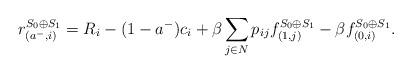
LaTeX: \begin{align*}r^{S_0 \oplus S_1}_{(a^-, i)} = R_i - (1-a^-) c_i + \beta \sum_{j \in N} p_{ij} f^{S_0 \oplus S_1}_{(1, j)} -\beta f^{S_0 \oplus S_1}_{(0, i)}.\end{align*}